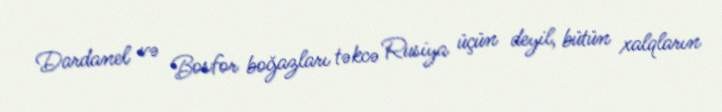
Dardanel və Bosfor boğazları təkcə Rusiya üçün deyil, bütün xalqların